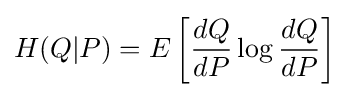
H(Q|P)=E\left[{\frac {dQ}{dP}}\log {\frac {dQ}{dP}}\right]